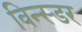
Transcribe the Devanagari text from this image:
विन्स्डर